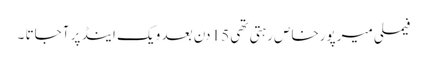
فیملی میرپورخاص رہتی تھی 15 دن بعد ویک اینڈ پر آجاتا ۔